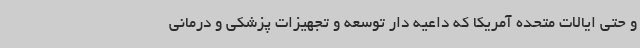
و حتی ایالات متحده آمریکا که داعیه دار توسعه و تجهیزات پزشکی و درمانی